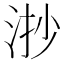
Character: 𣴷